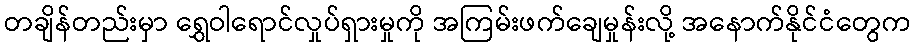
တချိန်တည်းမှာ ရွှေဝါရောင်လှုပ်ရှားမှုကို အကြမ်းဖက်ချေမှုန်းလို့ အနောက်နိုင်ငံတွေက